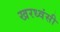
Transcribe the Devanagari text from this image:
खरध्वंसी